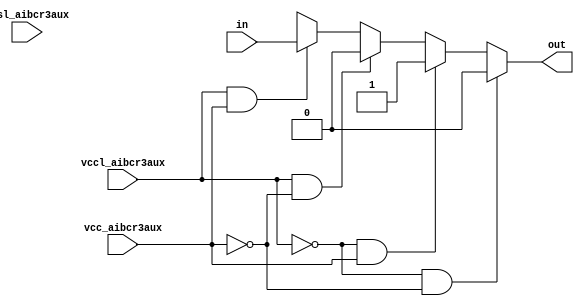
// This program was cloned from: https://github.com/intel/aib-phy-hardware
// License: Apache License 2.0

// SPDX-License-Identifier: Apache-2.0
// Copyright (C) 2019 Intel Corporation. All rights reserved


module aibcr3aux_lvshift ( out, vccl_aibcr3aux, vcc_aibcr3aux, vssl_aibcr3aux, in);

output  out;

input  vccl_aibcr3aux, vcc_aibcr3aux, vssl_aibcr3aux;

input  in;
reg out;
//wire NET58 , in_shift , in_shiftb , inb , in_sw , NET59 ;
//no vccl_aibcr3aux, vcc_aibcr3aux and vssl_aibcr3aux tracking as of now.
always @ (in, vccl_aibcr3aux, vcc_aibcr3aux)
begin
	if (vccl_aibcr3aux == 1'b0 && vcc_aibcr3aux == 1'b0) 
	begin
		out = 1'b0;		
	end
	else if (vccl_aibcr3aux == 1'b0 && vcc_aibcr3aux == 1'b1)
	begin
		out = 1'b1;
	end
	else if (vccl_aibcr3aux == 1'b1 && vcc_aibcr3aux == 1'b0)
	begin
		out = 1'b0;
	end
	else if (vccl_aibcr3aux == 1'b1 && vcc_aibcr3aux == 1'b1)
	begin
		out = in;
	end
	else
	begin
		out = 1'bx;
	end	
end
endmodule